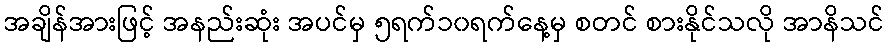
အချိန်အားဖြင့် အနည်းဆုံး အပင်မှ ၅ရက်၁၀ရက်နေ့မှ စတင် စားနိုင်သလို အာနိသင်